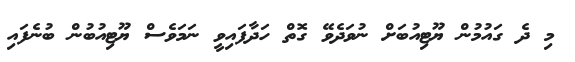
މި ދެ ގައުމުން ޔޫޓިއުބަށް ނުވަދެވޭ ގޮތް ހަދާފައިވީ ނަމަވެސް ޔޫޓިއުބުން ބުނެފައި